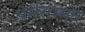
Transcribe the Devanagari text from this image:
धर्मसम्मत